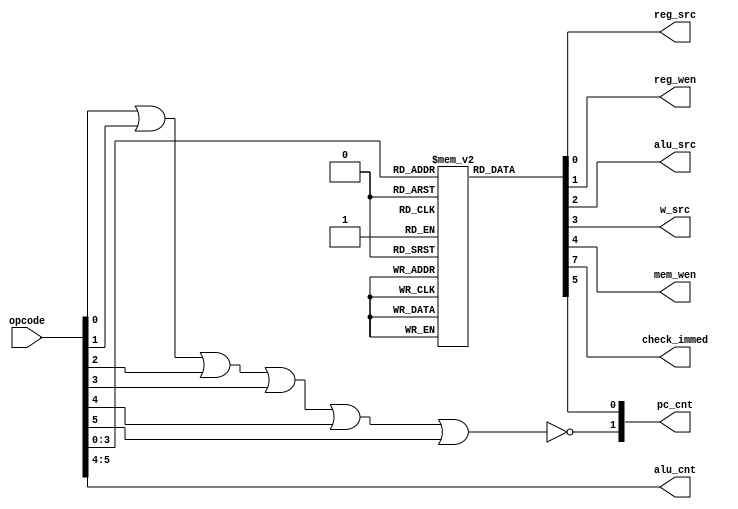
`timescale 1ns / 1ps

module control_unit(input [5:0]opcode,output reg_src,reg_wen,alu_src,w_src,mem_wen,check_immed,output [1:0]alu_cnt,pc_cnt);
reg [7:0]opcode_mem[15:0];                
initial
    begin
    opcode_mem[0]=8'b00000011;
    opcode_mem[1]=8'b00000011;
    opcode_mem[2]=8'b00000011;
    opcode_mem[3]=8'b00000011;//
    opcode_mem[4]=8'b00000011;
    opcode_mem[5]=8'b00000011;
    opcode_mem[6]=8'b00000011;
    opcode_mem[7]=8'b00000011;//R type instr till here
    opcode_mem[8]=8'b10000110;
    opcode_mem[9]=8'b10000110;
    opcode_mem[10]=8'b10000110;
    opcode_mem[11]=8'b10000110;//imm instr till here 
    opcode_mem[12]=8'b00100000;    //beq
    opcode_mem[13]=8'b00100000;    //bne    
    opcode_mem[14]=8'b00001110;     //lw   
    opcode_mem[15]=8'b00010100;     //sw
    end
assign alu_cnt=opcode[5:4];
assign reg_src=opcode_mem[opcode[3:0]][0];
assign reg_wen=(opcode_mem[opcode[3:0]][1]);
assign alu_src=opcode_mem[opcode[3:0]][2];
assign w_src=opcode_mem[opcode[3:0]][3];
assign mem_wen=opcode_mem[opcode[3:0]][4];
assign pc_cnt[0]=opcode_mem[opcode[3:0]][5];
assign check_immed=opcode_mem[opcode[3:0]][7];
assign pc_cnt[1]=~(opcode[0]|opcode[1]|opcode[2]|opcode[3]|opcode[4]|opcode[5]);
endmodule